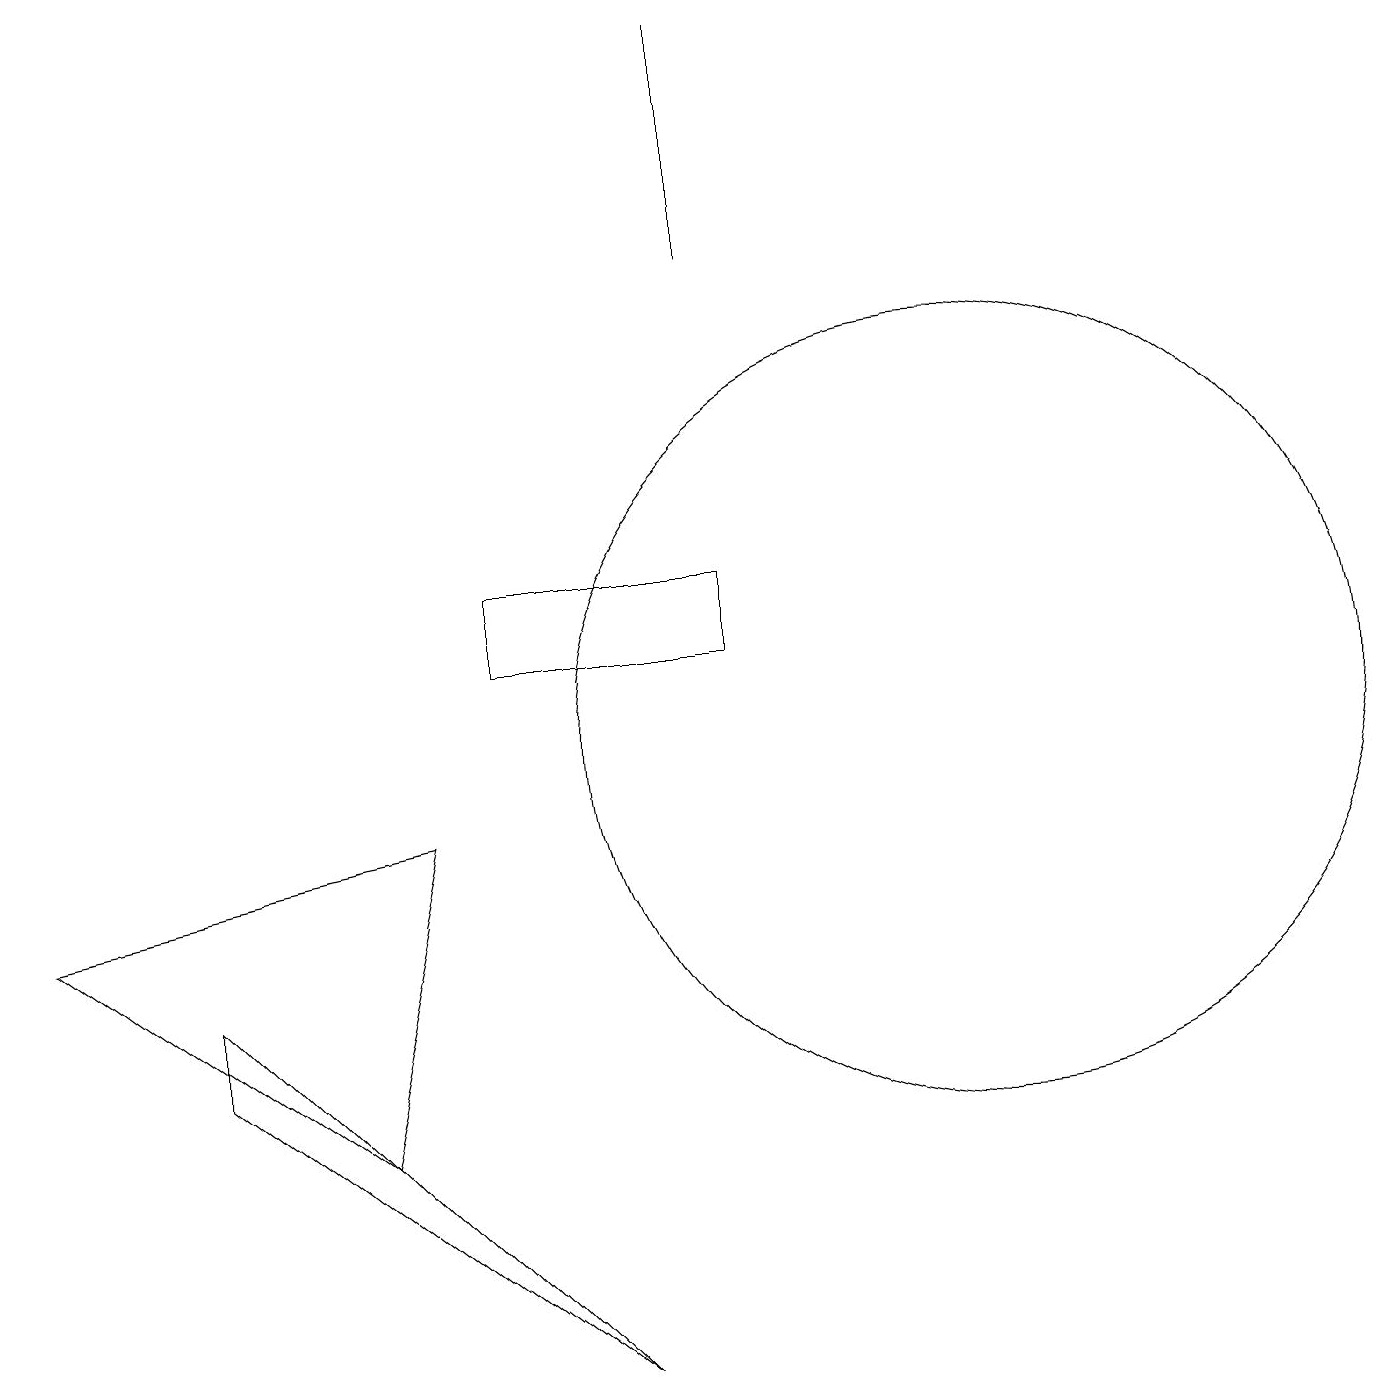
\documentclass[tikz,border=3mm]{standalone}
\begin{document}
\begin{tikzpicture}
\draw (12,10) circle (5);
\draw (2,6) -- (2,7) -- (7,2) -- cycle;
\draw (4,5) -- (0,8) -- (5,9) -- cycle;
\draw (9,16) rectangle (9,19);
\draw (6,11) rectangle (9,12);
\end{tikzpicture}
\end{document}